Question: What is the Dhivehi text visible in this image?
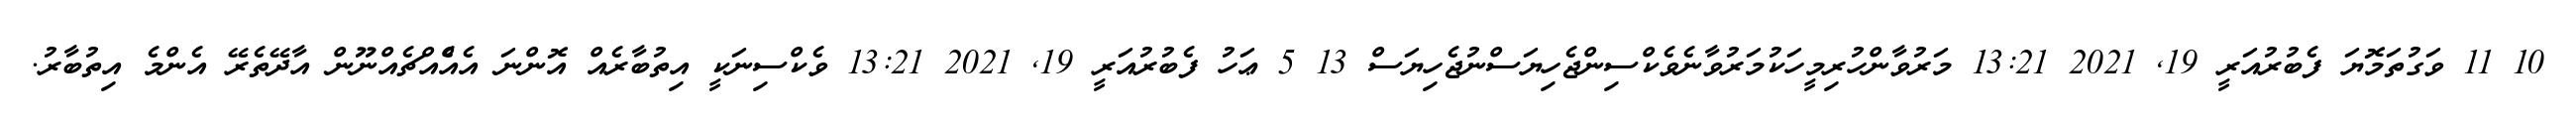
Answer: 10 11 ވަގުތަމޮޔަ ފެބުރުއަރީ 19, 2021 13:21 މަރުވާންހުރިމީހަކުމަރުވާނެވެކްސިންޖެހިޔަސްނުޖެހިޔަސް 13 5 ޢަހު ފެބުރުއަރީ 19, 2021 13:21 ވެކްސިނަކީ އިތުބާރެއް އޮންނަ އެއްެއްޗެއްނޫން އާދޭތެރޭ އެންމެ އިތުބާރު.